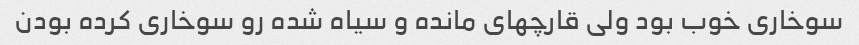
سوخاری خوب بود ولی قارچهای مانده و سیاه شده رو سوخاری کرده بودن